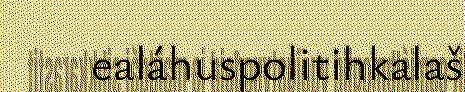
ealáhuspolitihkalaš